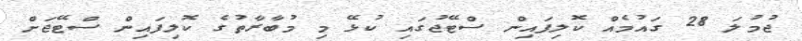
ޖުމުލަ 28 ގައުމެއް ކޮލިފައިން ސްޓޭޖުގައި ކުޅޭ މި މުބާރާތުގެ ކޮލިފައިން ސްޓޭޖަށް